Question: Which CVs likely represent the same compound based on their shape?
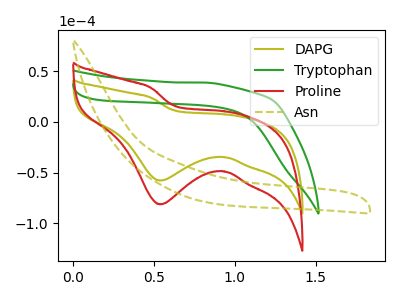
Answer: <think>The olive curve "DAPG" has a cathodic peak at: (0.55V, -57.90uA). The green curve "Tryptophan" has no peaks. The red curve "Proline" has a cathodic peak at: (0.55V, -81.35uA). The olive dashed curve "Asn" has no peaks.
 "DAPG" and "Tryptophan" have a different number of peaks. All the peaks in "DAPG" have a peak in "Proline" at the same potential. Every peak in "DAPG" is lower than every peak in "Proline". "DAPG" and "Asn" have a different number of peaks. "Tryptophan" and "Proline" have a different number of peaks. Neither "Tryptophan" or "Asn" have any peaks. "Proline" and "Asn" have a different number of peaks.</think>
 <answer>"DAPG" and "Proline" have the same shape and are likely CV's of the same chemical.</answer>
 <eval>"DAPG" "Proline"</eval>